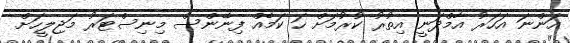
އަންނަ އަހަރު އާމްދަނީ އިތުރު ކުރުމަށް ހަ ކަމެއް ފިނޭންސް މިނިސްޓަރު މަޖިލީހަށް